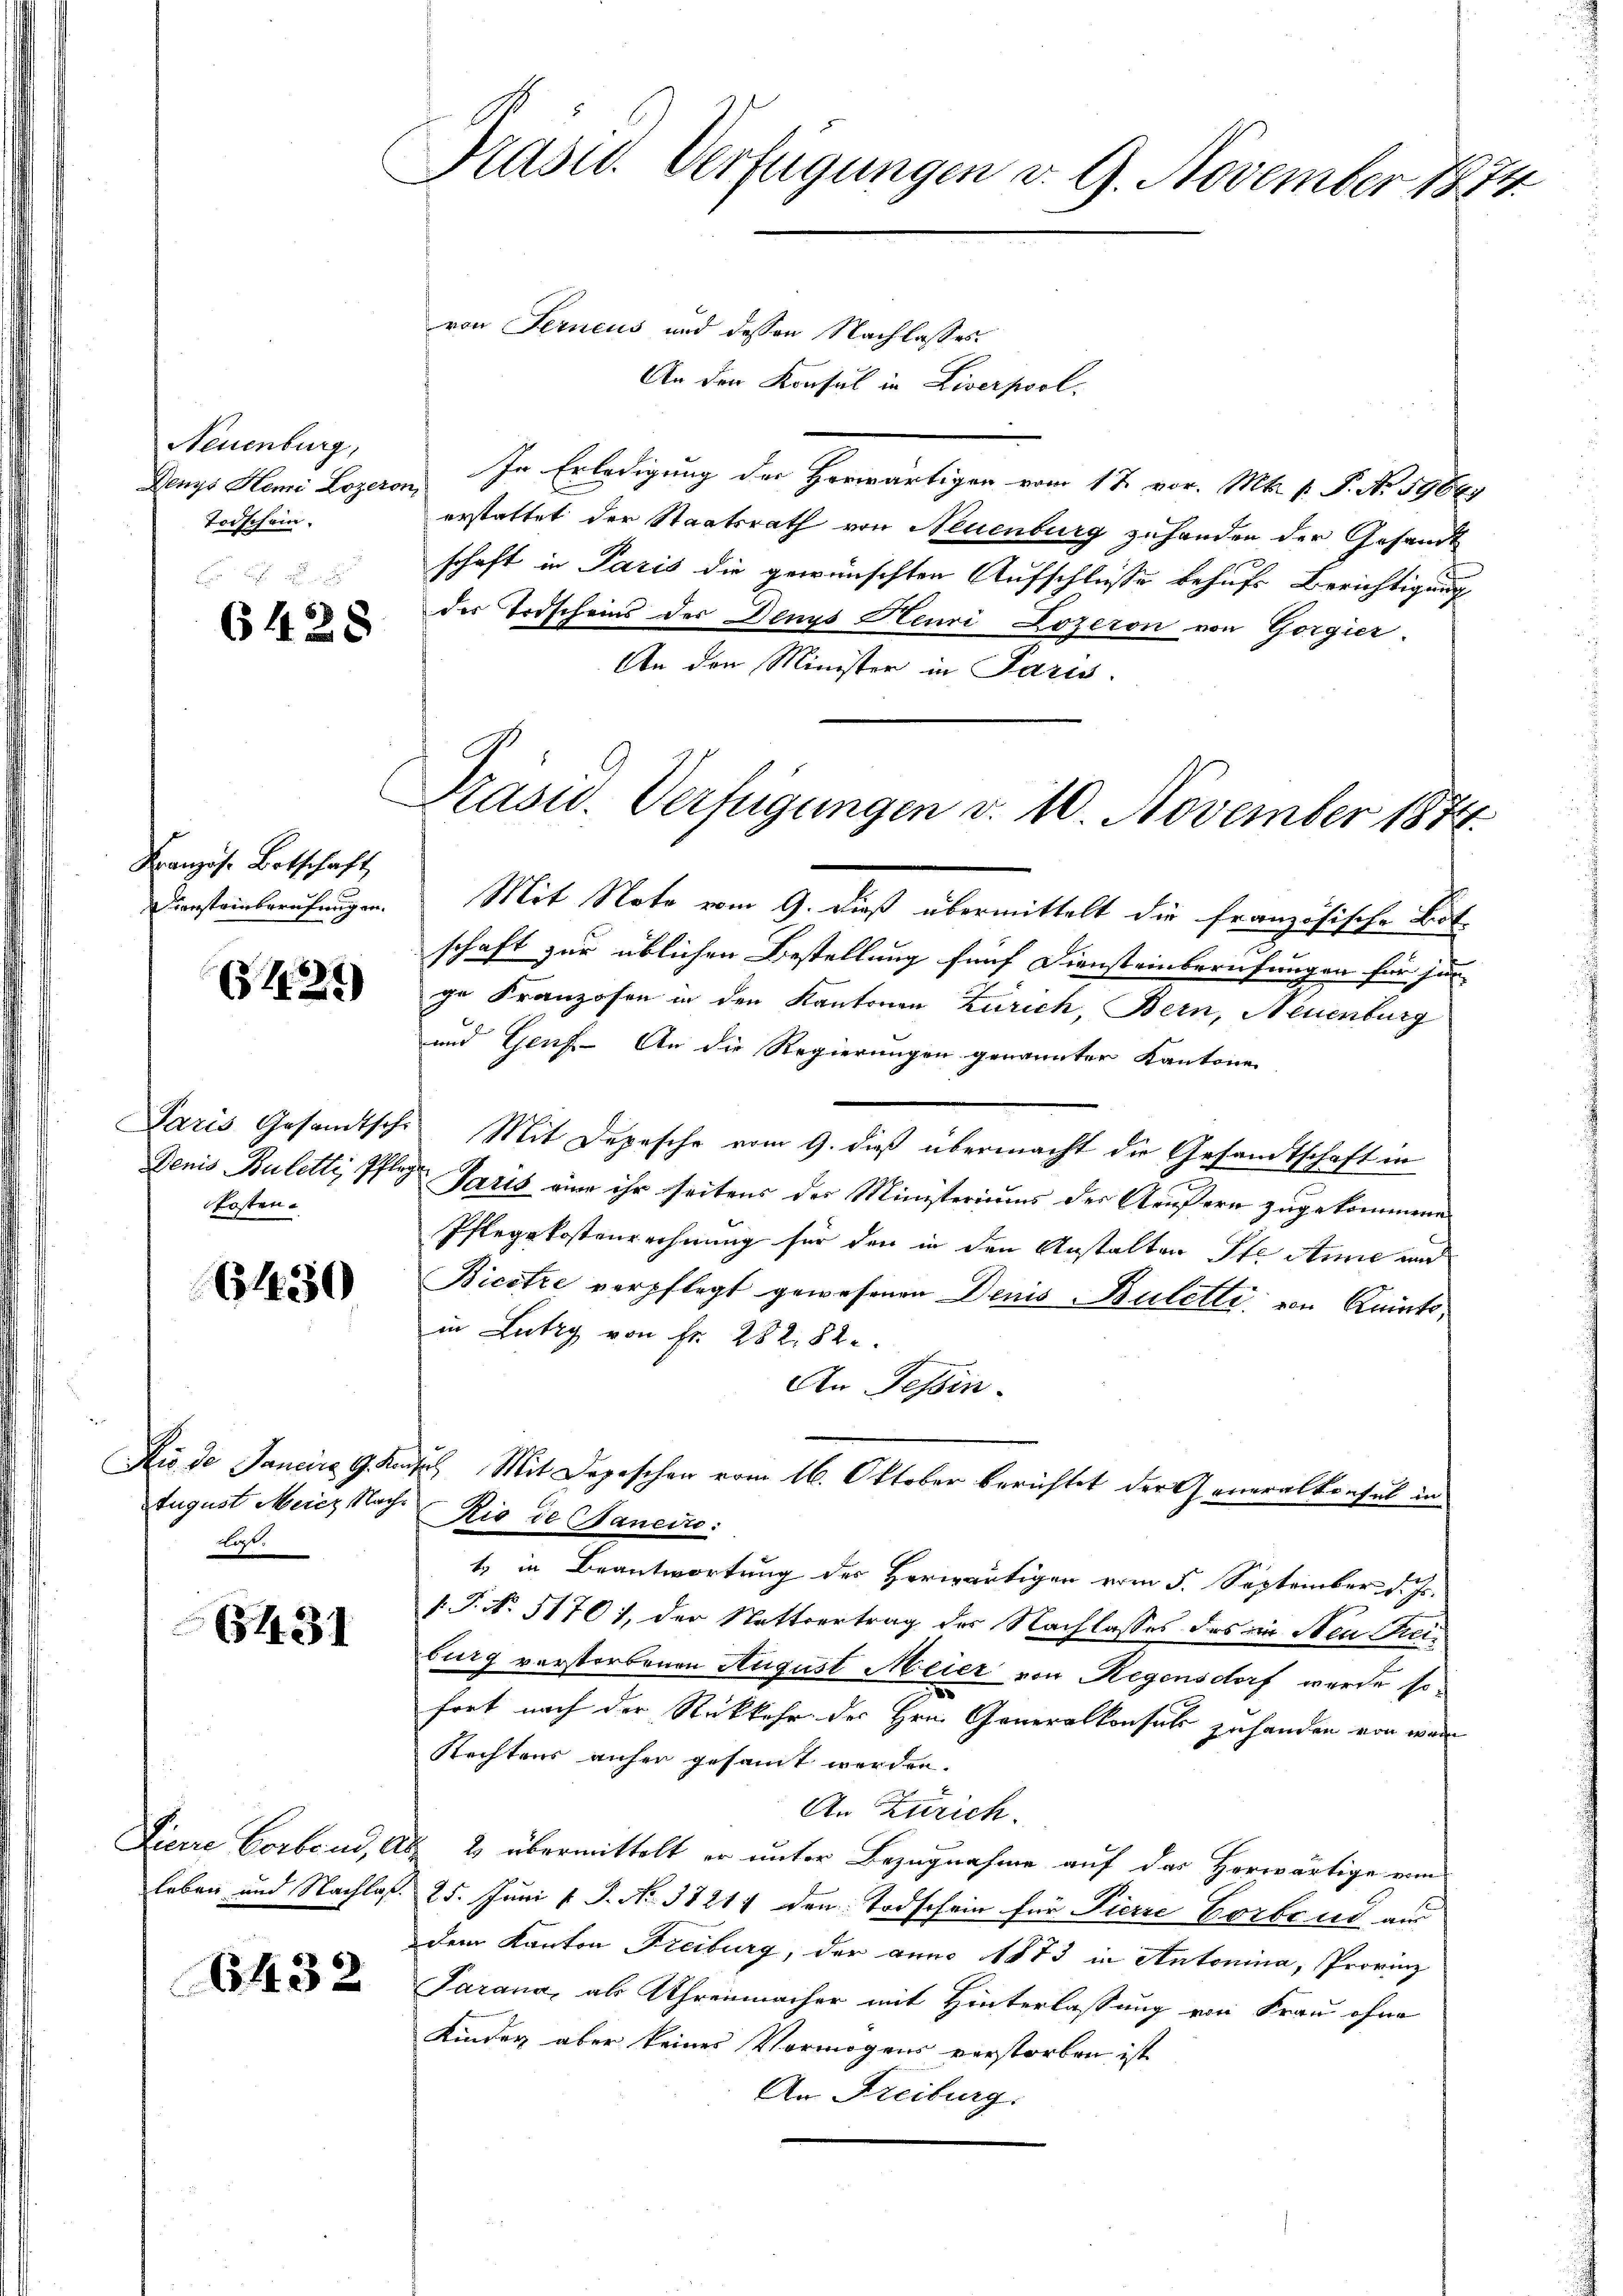
Neuenburg,
Denys Hemi Lozeror
Todschein.

6428

Französ. Botschaft
Diensteinberufung in

(1221)

Paris Gesandtschr
Denis Buletti, Pfleg
fosten.

6450

August Meiez Nachdar.

(514. 31

Pierre Vorbend, A.
leben und Nachlaf.

6432

Präsid. Verfügungen v. 9. November 1874

Präsid.. Verfügungen v. 10. November 1874.

von Ferneus und dessen Nachlasses.
An den
o
sul in Liverpool.
In Erledigung der Herwärtigen vom 17. vor. Mt. p. P. Nr. 590er
erstattet der Staatsrath von Neuenburg zuhanden der Gesandt
schaft in Paris die gewünschten Aufschlüsse behufs Berichtigung
der Todscheins des Denys Heuri Lozeron von Gorgier
An den Minister in Paris.
Mit Note vom 9. dieß übermittelt die französische Botschaft zur üblichen Bestellung fünf Diensteinberufungen für jen
ge Franzosen in den Kantonen Zürich, Bern, Neuenburg
und Genf. An die Regierungen genannter Kantonen
Mit Depesche vom 9. dieß übermacht die Gesandtschaft in
 Paris eine ihr seitens der Ministeriums der Aeußern zugekommene
Pflegekostenrechnung für den in den Anstalten Ste Anne und
Bicotre verpflegt gewesenen Denis Buletti, von Kaints,
in Lutry von Fr. 282. 82
An Tessin.
Rio de Janein G. Kadel Mit Depeschen vom 16. Oktober berichtet der Generalkonsul in
Rio de Janeiro
t in Beantwortung des Herwärtigen vom 5. September d. Js.
/. P. No. 51701, der Stattvertrag der Nachlasses des in Neu Streiburg verstorbenen August Meier von Regensdorf wurde sofort nach der Rückkehr des Hrn. Generalkonsuls zuhanden von wer
Rechtens anher gesammt werden.
An Zürich.
 & übermittelt er unter Bezugnahme auf das Herwärtige ein
25. Juni v. J. No. 18211 den Todschein für Pierre Vorbend aus
dem Kanton Freiburg, der anno 1873 in Antonina, Provinz
Parana, als Uhrenmacher mit Hinterlassung von Frau ohne
Kinder aber keines Vermögens verstorben ist
An Freiburg.